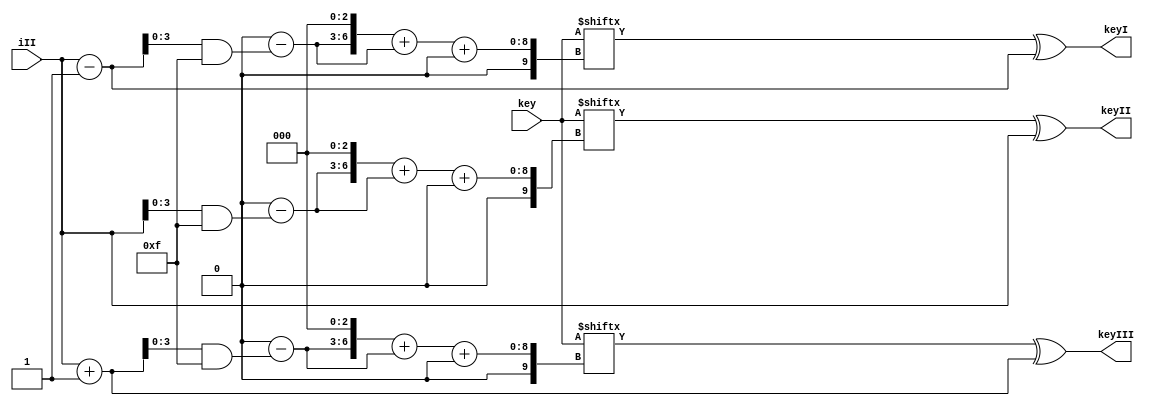
`timescale 1ns / 1ps
//////////////////////////////////////////////////////////////////////////////////
// Company: 
// Engineer: 
// 
// Design Name: 
// Module Name:    key_gen 
// Project Name: 
// Target Devices: 
// Tool versions: 
// Description: 
//
// Dependencies: 
//
// Revision: 
// Revision 0.01 - File Created
// Additional Comments: 
//
//////////////////////////////////////////////////////////////////////////////////

/*module key_gen(key , i , keyi  );
	input wire [143:0] key;
	input wire [8:0] i;
	output wire [8:0] keyi;
	wire [8:0] j ;
	assign j = (((i - 9'b000000001) & 9'b000001111) << 3) + ((i - 9'b000000001) & 9'b000001111); 
	assign keyi = (key[j+:9])^i;
endmodule
*/

module key_gen(key , iII , keyI , keyII ,keyIII);
input wire [143:0] key;
input wire [6:0] iII;
wire [6:0] iI , iIII;
output wire [8:0] keyI;
output wire [8:0] keyII;
output wire [8:0] keyIII;
reg [3:0] jI ,jII ,jIII ;
/*output*/ reg [8:0] hII;
reg [8:0] hI ,hIII;
assign iI = iII -7'b0000001;
assign iIII = iII +7'b0000001;
always @ (iII)
 begin
   jII = (iII & 7'b0001111);/*+7'b0000001;*/
	jII = (5'b10000 - jII);
	hII = (jII <<3 ) +jII;
 end	
 always @ ( iIII)
 begin
	jIII = (iIII & 7'b0001111);/*+7'b0000001;*/
	jIII = (5'b10000 - jIII);
	hIII = (jIII <<3 ) +jIII;
 end	
 always @ (iI )
 begin
   jI = (iI & 7'b0001111);/*+7'b0000001;*/
	jI = (5'b10000 - jI);
	hI = (jI <<3 ) +jI;
 end	
///assign j = (((i - 9'b000000001) & 8'b00001111) << 3) + ((i - 9'b000000001) & 8'b00001111);  
 assign keyI  = (key[hI+:9] )^iI;
 assign keyII  = (key[hII+:9] )^(iII);
 assign keyIII  = (key[hIII+:9] )^(iIII);
endmodule